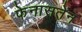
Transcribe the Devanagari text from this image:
फेनासतेंन